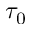
\tau _ { 0 }